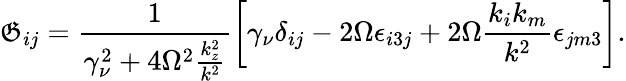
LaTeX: \mathfrak{G}_{ij}=\frac{1}{\gamma_{\nu}^{2}+4\Omega^{2}\frac{k_{z}^{2}}{k^{2}}}\left[\gamma_{\nu}\delta_{ij}-2\Omega\epsilon_{i3j}+2\Omega\frac{k_{i}k_{m}}{k^{2}}\epsilon_{jm3}\right].